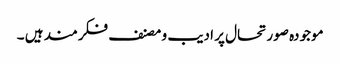
موجودہ صورتحال پر ادیب و مصنف فکرمند ہیں ۔